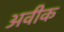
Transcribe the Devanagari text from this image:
अवीक